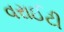
વરાઈટી